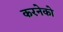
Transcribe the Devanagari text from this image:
करनेको